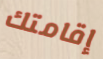
إقامتك